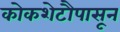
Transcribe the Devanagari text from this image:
कोकशेटौपासून